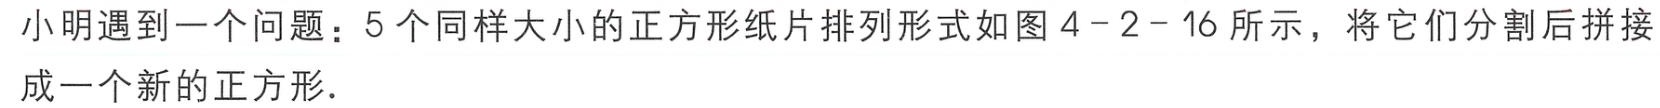
小明遇到一个问题：5个同样大小的正方形纸片排列形式如图4 - 2 - 16所示，将它们分割后拼接成一个新的正方形．